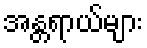
အန္တရာယ်များ